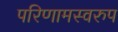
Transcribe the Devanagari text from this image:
परिणामस्‍वरुप